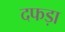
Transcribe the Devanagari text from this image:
दफड़ा